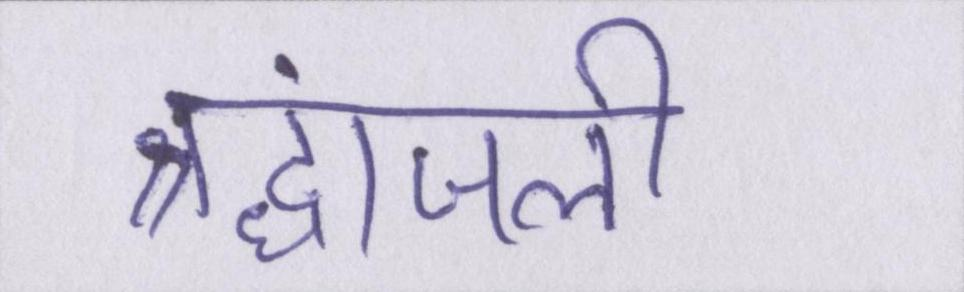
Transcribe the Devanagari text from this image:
श्रद्धांजली